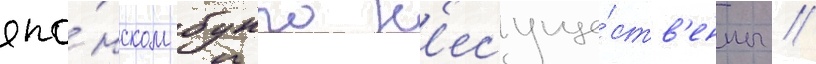
япо́нском бунго н'есуще́ств'енны //